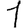
Digit: 1